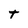
Character: t